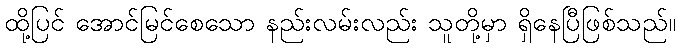
ထို့ပြင် အောင်မြင်စေသော နည်းလမ်းလည်း သူတို့မှာ ရှိနေပြီဖြစ်သည်။